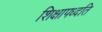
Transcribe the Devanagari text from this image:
शिक्षापध्दति